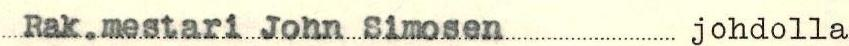
Rak.mestari John Simosen johdolla